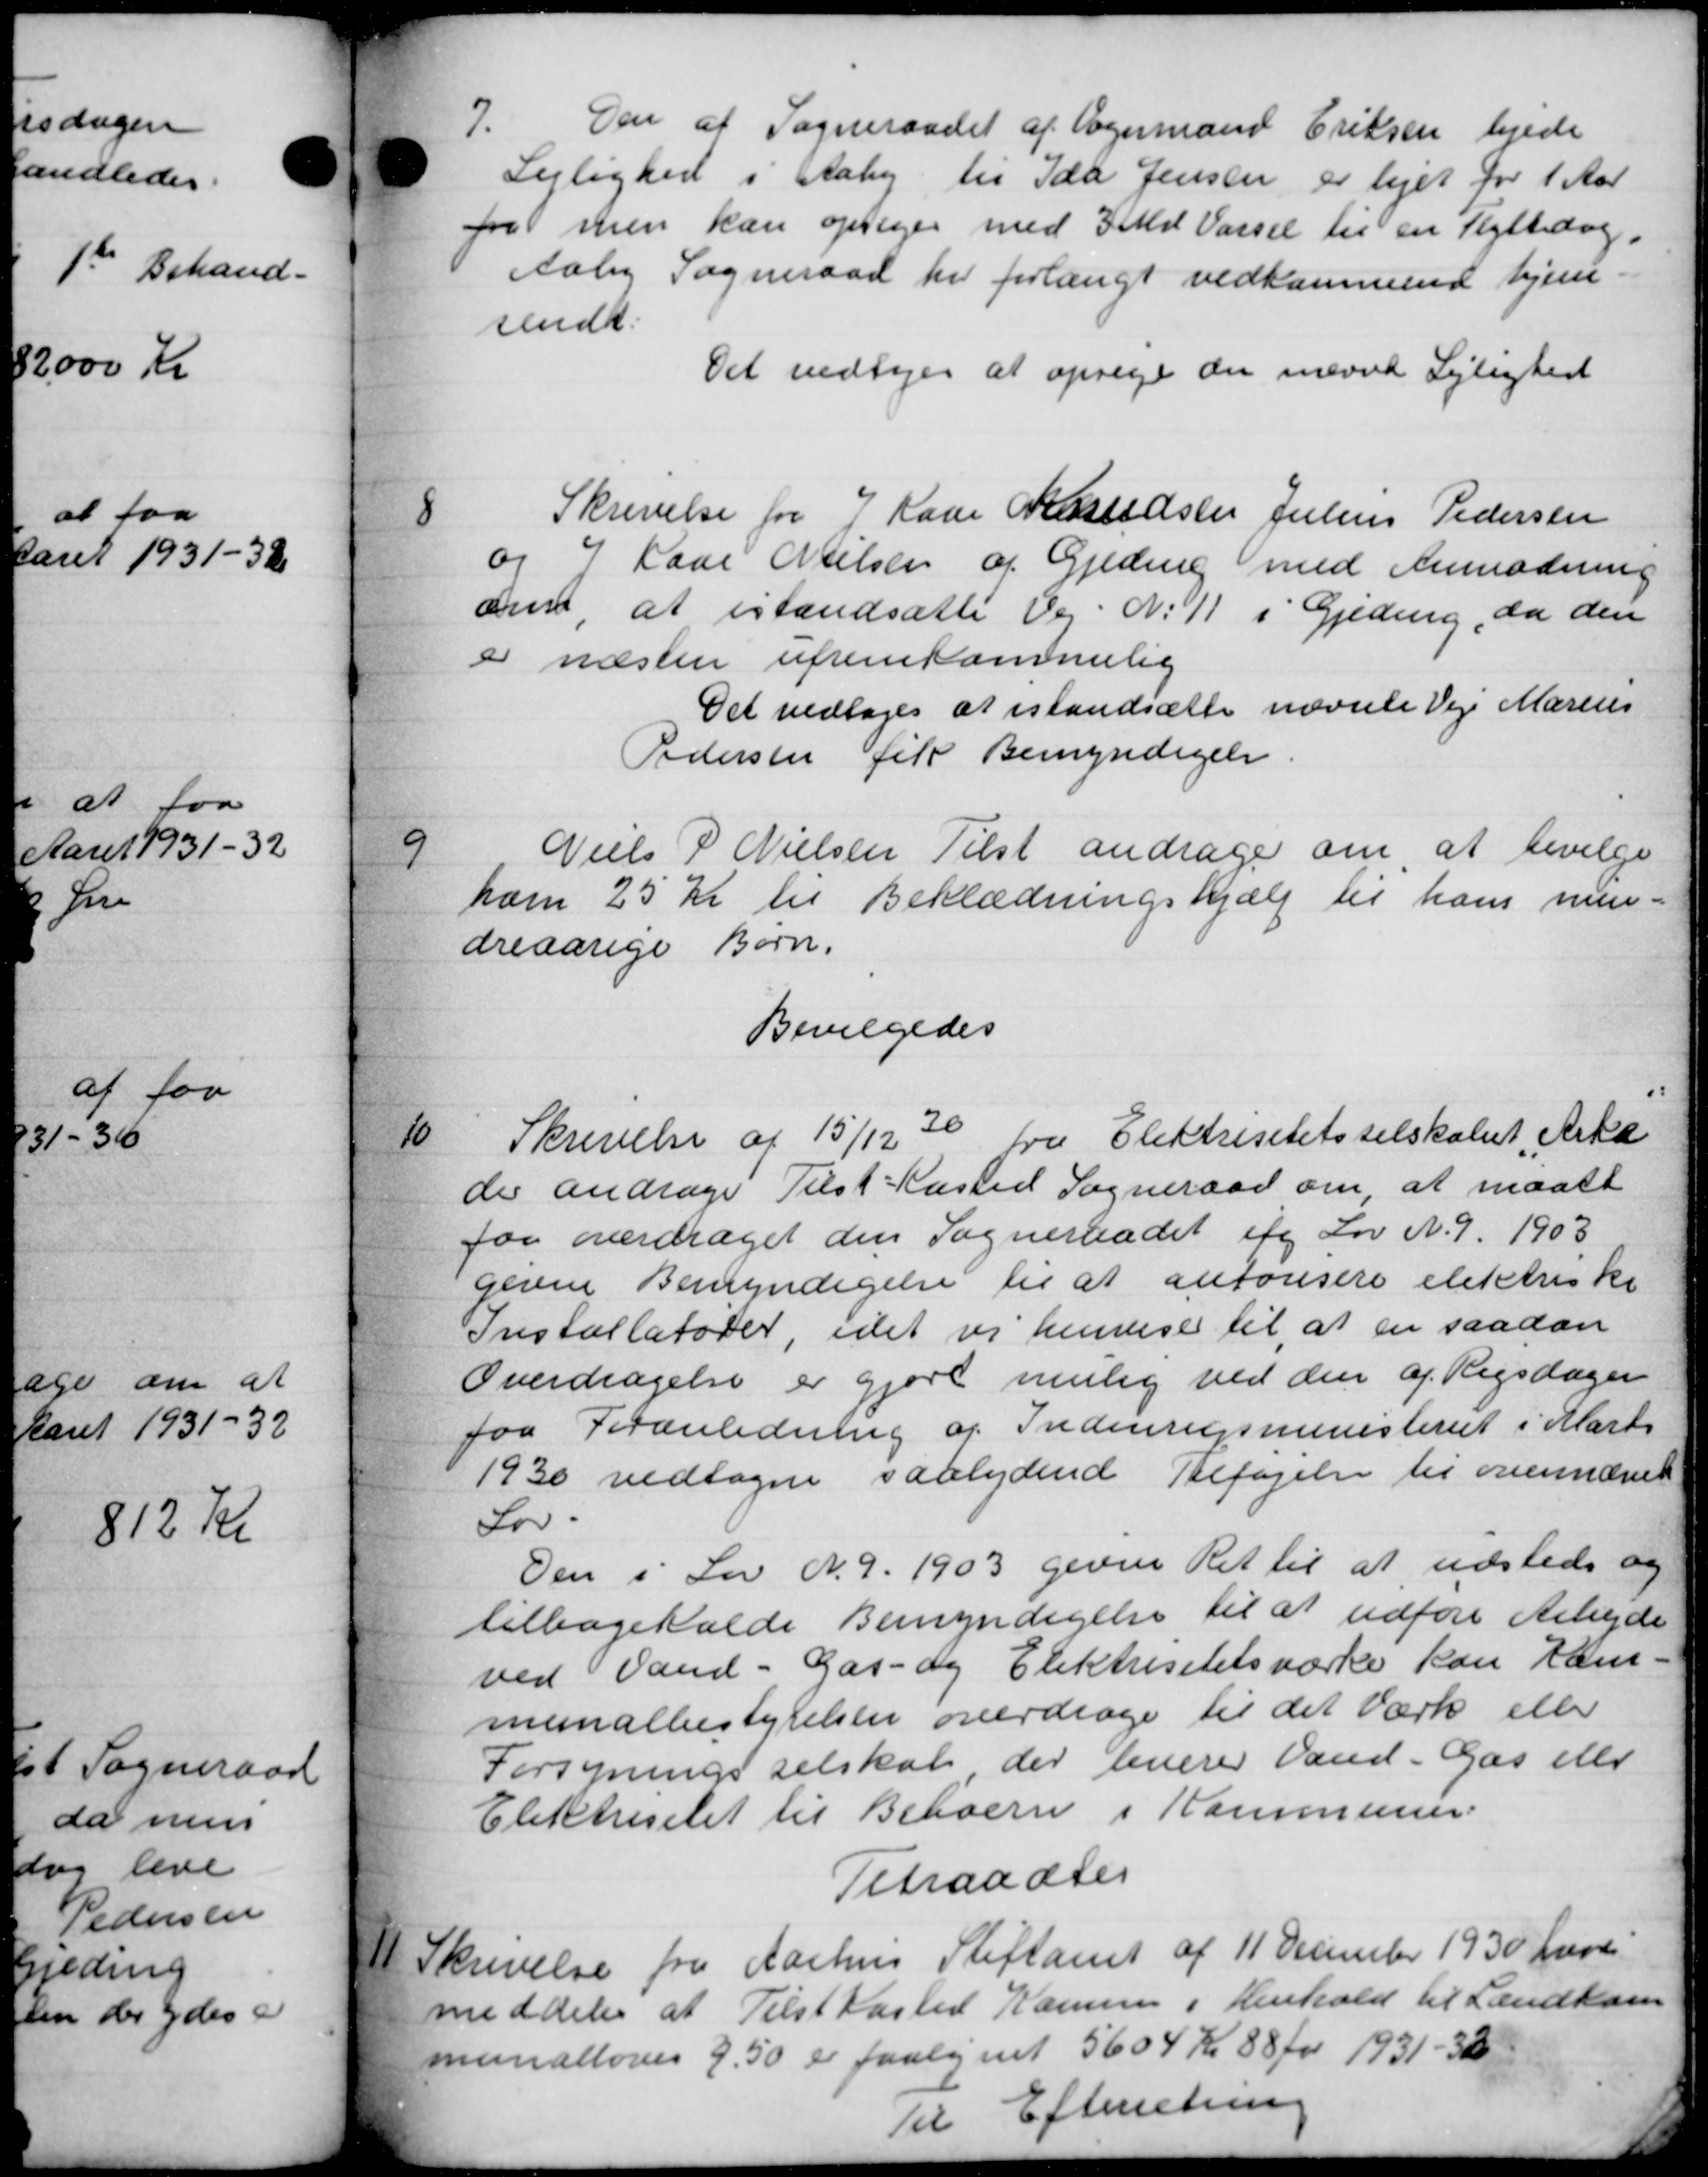
Transskription:
7.
Den af Sogneraadet af Vognmand Eriksen lejede
Lejlighed i Aaby til Ida Jensen er lejet for 1 Aar
for men kan opsiges med Ild Varsel til en Flyttedag.
Aaby Sogneraad her forlangt vedkommende hjem.
sendt.
Det vedtoges at opsige der nævnte Lejlighed
8
Skrivelse fra J Kaar Knudsen Julius Pedersen
og 7 Læse Nielsen af Gjeding med Anmodning
amt, at istandsætte Vej N. 11 i Gjeding, da den
e næsten ufremkommelig
Det vedtoges at istandsætte nævnte Veje Marius
Pedersen fik Bemyndigelse
9
Niels P Nielsen Tilst andrager om, at bevilge
ham 25 Kr til Beklædningshjælp til hans men-
dreaarige Børn.
Bevilgedes
10
Skrivelse af 15/12 30 fra Elektrisitetsselskabet Arki
der andrage Tilst Kasted Sogneraad om, at maatt
for overdraget den Sogneraadet i Lov N. 9. 1903
gevne Bemyndigelse til at autorisere elektriske
Installatorer, idet vi henvise til at en saadan
Overdragelse er gjort mulig ved den af Rigsdager
paa Foranledning af Indenrigsministeriet i Marts
1930 vedtagne saalydende Betagelse til ovennævnt
Lov.
Den i Lov N. 9. 1903 gevne Ret til at udsteds og
tilbagekalde Bemyndigelse til at udføre Arbejde
ved Vand - Gas- og Elektrisitetsværke kan ham
munalbestyrelsen overdrage til det værk eller
Forsyningsselskab, der leverer Vand - Gas elle
Elektriselet til Beboerne i Kommunen.
Titraadtes
11
Skrivelse fra Aarhus Stiftamt af 11 December 1930 freve
meddeler at Tilstkasted Kamme i Henhold til Landkom
munalloves 9.50 er paalignet 5604 Kr 88 Øre 1931 - 32
Til Efterretning